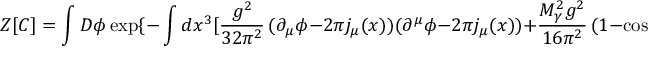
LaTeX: Z [ C ] = \int D \phi \exp \{ - \int d x ^ { 3 } [ \frac { g ^ { 2 } } { 3 2 \pi ^ { 2 } } \, ( \partial _ { \mu } \phi - 2 \pi j _ { \mu } ( x ) ) ( \partial ^ { \mu } \phi - 2 \pi j _ { \mu } ( x ) ) + \frac { M _ { \gamma } ^ { 2 } g ^ { 2 } } { 1 6 \pi ^ { 2 } } \, ( 1 - \cos \phi ) ] - M _ { W } L \} \, \, \, .